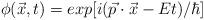
LaTeX: \begin{align*}\phi(\vec{x},t)=exp[i(\vec{p}\cdot\vec{x}-Et)/\hbar]\end{align*}